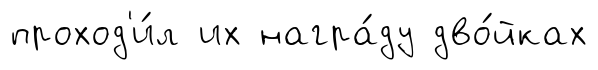
проход'и́л их награ́ду дво́йках